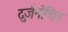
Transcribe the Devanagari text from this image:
दुर्जनोचित